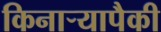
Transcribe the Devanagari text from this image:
किनाऱ्यापैकी